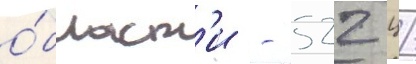
о́бласт'и - 522 ц/